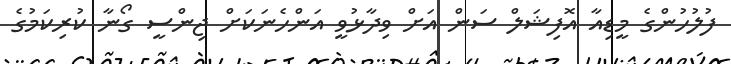
ފުލުހުންގެ މީޑިއާ އޮފިޝަލް ސަން އަށް ވިދާޅުވީ އަންހެނަކަށް ޖިންސީ ގޯނާ ކުރިކަމުގެ